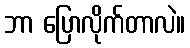
ဘာ ပြောလိုက်တာလဲ။